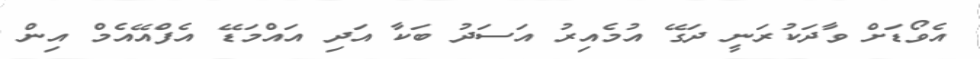
އެވޯޑަށް ވާދަކުރަނީ ދަގޭ އުމެއިރު އަސަދު ބަކާ އަދި އައްމަޑޭ އެފްއޭއެމް އިން